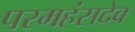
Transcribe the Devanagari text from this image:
परमहंसदेव